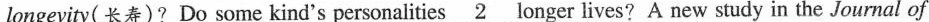
longevity( 长寿)? Do some kind's personalities \underline{2} longer lives? A new study in the Journal of